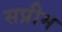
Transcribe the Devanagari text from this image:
सप्रीम